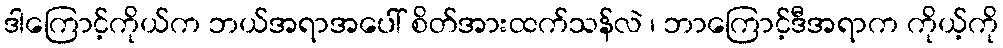
ဒါကြောင့်ကိုယ်က ဘယ်အရာအပေါ် စိတ်အားထက်သန်လဲ ၊ ဘာကြောင့်ဒီအရာက ကိုယ့်ကို